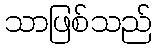
သာဖြစ်သည်